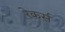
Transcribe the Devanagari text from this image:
रेकर्स